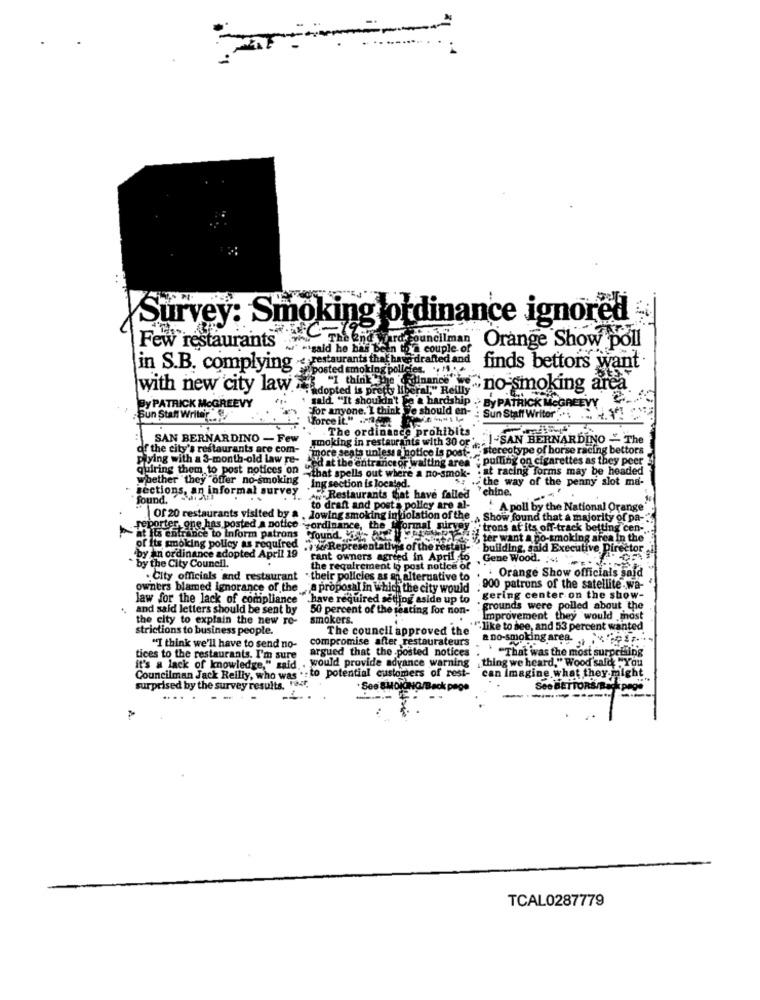
iK:
Survey
rey: Smoking ordinance ignored
d wird councilman"
Few restaurants
" -"said he has Been to a couple of
Orange Show poll
in S.B. complying .« restaurants the hradraftedand finds bettors want.
posted smoking policies. . "
with new city law. adopted is pretty liberal," Reilly
I think we flames " no smoking area
By PATRICK MCGREEVY
for anyone. I think We should en-
sald "It shouldn't be a hardship .> By PATRICK MCGREEVY
:Sun Staff Writer
Force It"
Sun Staff Writer'S 4.42 .
The ordinance prohibits
:SAN BERNARDINO - Few
smoking in restaurants with 30 or -
I-SAN BERNARDINO - The
of the city's restaurants are com-
more seats unless a notice is post- " stereotype of horse racing bettors
plying with a 3-month-old law re-
"ed at the entranceor waiting area"; pulling on cigarettes as they peer
quiring them to post notices on
:at racing forms may be headed
quiring them to post notices on "that spells out where a no-smok-
Whether they offer no-smoking
the way of the penny slot ma-
Jections, an informal survey
chine.
found."
sections, an informal survey 'S, Restaurants that have failed
to draft and post a policy are al-
A poll by the National Orange
Of 20 restaurants visited by a . lowing smoking inviolation of the Show found that a majority of pa-
Show found that a majority of pa-
reporter, one has posted a notice ordinance, the f. o
"trons af its off-track betting cen -.
at its enfrance to Inform patrons
Sound, it- HRY
if ter want a no-smoking area in the'
of its smoking policy as required
.9% Representathis of the restau-
building, sald Executive Director
by an ordinance adopted April 19
rant owners agreed in April to Gene Wood. .
by the City Council.
the requirement to post notice of
Orange Show officials said
. City officials and restaurant . their policies as an alternative to'
owners blamed ignorance of the "a proposal in which the city would
. 900 patrons of the satellite wa-
law for the lack of compliance
have required setting aside up to gering center on the show-
gering center on the show-
and said letters should be sent by
50 percent of the seating for non-
grounds were polled about the
the city to explain the new ro-
smokers.
Improvement they would most
strictions to business people.
The council approved the
"""like to see, and 53 percent wanted
compromise after restaurateurs
a no-smoking area.
"I think we'll have to send no-
argued that the posted notices
That was the most surprising
tices to the restaurants. I'm sure
. would provide advance warning
it's a lack of knowledge," said ..
thing we heard," Wood sald "You
Councilman Jack Reilly, who was . : to potential customers of rest- can Imagine what they might.
surprised by the survey results. Fest,
ck page
See BETTORS/Back page
---
TCAL0287779